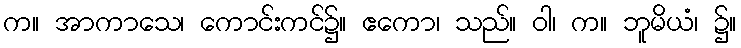
က။ အာကာသေ၊ ကောင်းကင်၌။ ဧကော၊ သည်။ ဝါ၊ က။ ဘူမိယံ၊ ၌။